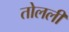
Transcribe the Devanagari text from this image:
तोलली